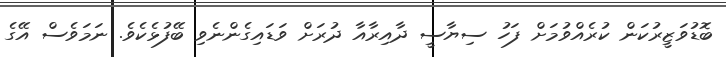
ބޮޑުވަޒީރުކަން ކުރެއްވުމަށް ފަހު ސިޔާސީ ދާއިރާއާ ދުރަށް ވަޑައިގެންނެވި ބޭފުޅެކެވެ. ނަމަވެސް އޭގެ